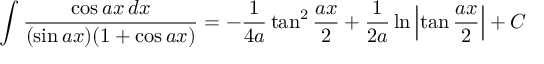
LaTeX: \int { \frac { \cos a x \, d x } { ( \sin a x ) ( 1 + \cos a x ) } } = - { \frac { 1 } { 4 a } } \tan ^ { 2 } { \frac { a x } { 2 } } + { \frac { 1 } { 2 a } } \ln \left| \tan { \frac { a x } { 2 } } \right| + C